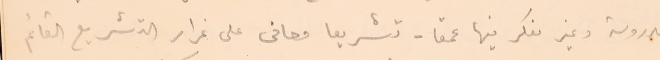
مدروسة وغير مفكر فيها عمقا - تشريعا معافى على غرار التشريع القائم